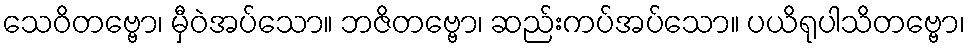
သေဝိတဗ္ဗော၊ မှီဝဲအပ်သော။ ဘဇိတဗ္ဗော၊ ဆည်းကပ်အပ်သော။ ပယိရုပါသိတဗ္ဗော၊